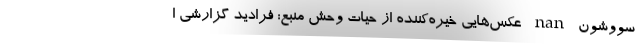
سووشون nan عکس‌هایی خیره‌کننده از حیات‌ وحش منبع: فرادید گزارشی ا